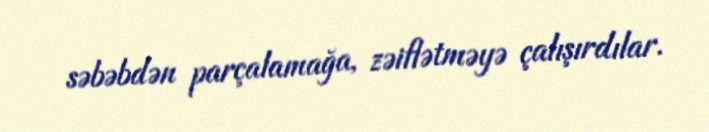
səbəbdən parçalamağa, zəiflətməyə çalışırdılar.